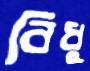
বিধু